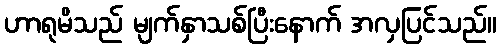
ဟာရုမိသည် မျက်နှာသစ်ပြီးနောက် အလှပြင်သည်။